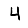
Digit: 4